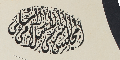
المجلس الشرعى الاسلامى الاعلى